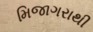
મિજાગરાથી